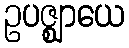
ဥပဇ္ဈာယေ